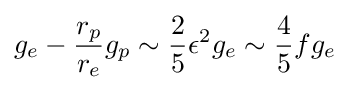
g_{e}-{\frac {r_{p}}{r_{e}}}g_{p}\sim {\frac {2}{5}}\epsilon ^{2}g_{e}\sim {\frac {4}{5}}fg_{e}